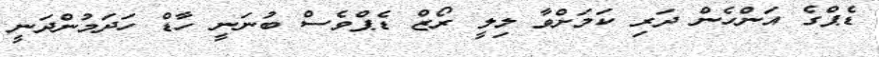
ޑެޕްގެ އަންހެން ދަރި ކަމަށްވާ ލިލީ ރޯޒް ޑެޕްވެސް ބުނަނީ ހާޑް ހަދަމުންދަނީ